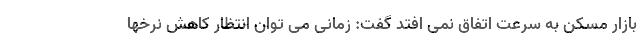
بازار مسکن به سرعت اتفاق نمی افتد گفت: زمانی می توان انتظار کاهش نرخها